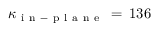
\kappa _ { \mathrm { ~ i ~ n ~ - ~ p ~ l ~ a ~ n ~ e ~ } } \, = \, 1 3 6